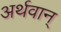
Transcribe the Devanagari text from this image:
अर्थवान्